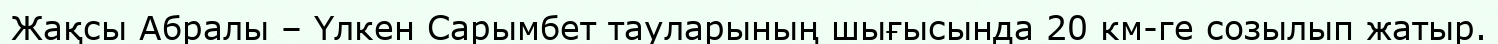
Жақсы Абралы – Үлкен Сарымбет тауларының шығысында 20 км-ге созылып жатыр.